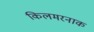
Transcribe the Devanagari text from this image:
किलमरनाक